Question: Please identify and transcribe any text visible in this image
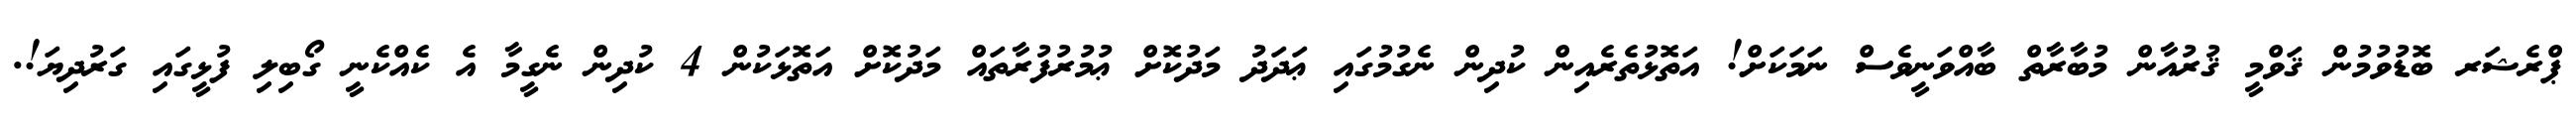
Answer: ޕްރެޝަރ ބޮޑުވުމުން ޤަވްމީ ޤުރުއާން މުބާރާތް ބާއްވަނީވެސް ނަމަކަށް! އަތޮޅުތެރެއިން ކުދިން ނެގުމުގައި ޢަދަދު މަދުކޮށް ޢުމުރުފުރާތައް މަދުކޮށް އަތޮޅަކުން 4 ކުދިން ނެގީމާ އެ ކެއްކެނީ ގޯބިލި ފުޅީގައި ގަރުދިޔަ!.